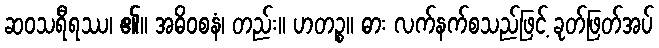
ဆဝသရီရဿ၊ ၏။ အဓိဝစနံ၊ တည်း။ ဟတဉ္စ။ ဓား လက်နက်စသည်ဖြင့် ခုတ်ဖြတ်အပ်